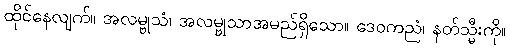
ထိုင်နေလျက်။ အလမ္ဗုသံ၊ အလမ္ဗုသာအမည်ရှိသော။ ဒေဝကညံ၊ နတ်သ္မီးကို။